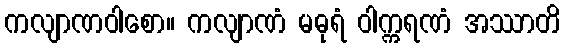
ကလျာဏဝါစော။ ကလျာဏံ မဓုရံ ဝါက္ကရဏံ အဿာတိ